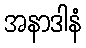
အနာဒါနံ